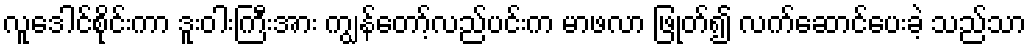
လူဒေါင်စိုင်းကာ ဒူးဝါးကြီးအား ကျွန်တော့်လည်ပင်းက မာဖလာ ဖြုတ်၍ လက်ဆောင်ပေးခဲ့ သည်သာ